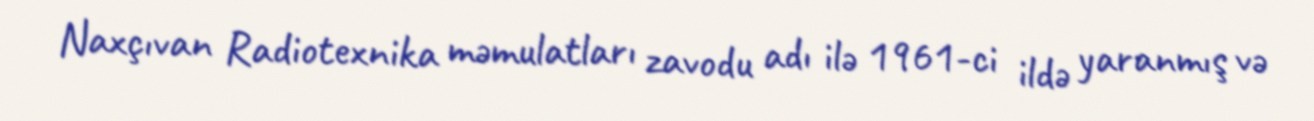
Naxçıvan Radiotexnika məmulatları zavodu adı ilə 1961-ci ildə yaranmış və